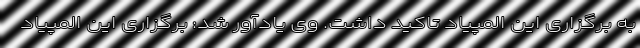
به برگزاری این المپیاد تاکید داشت. وی یادآور شد: برگزاری این المپیاد